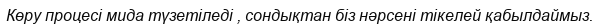
Көру процесі мида түзетіледі , сондықтан біз нәрсені тікелей қабылдаймыз.